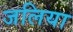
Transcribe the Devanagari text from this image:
जलिया